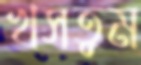
খসতুম